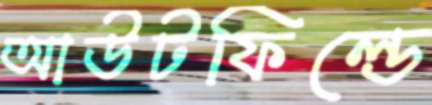
আউটফিল্ডে